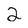
Character: 2